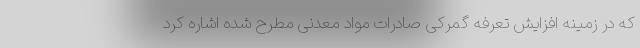
که در زمینه افزایش تعرفه گمرکی صادرات مواد معدنی مطرح شده اشاره کرد